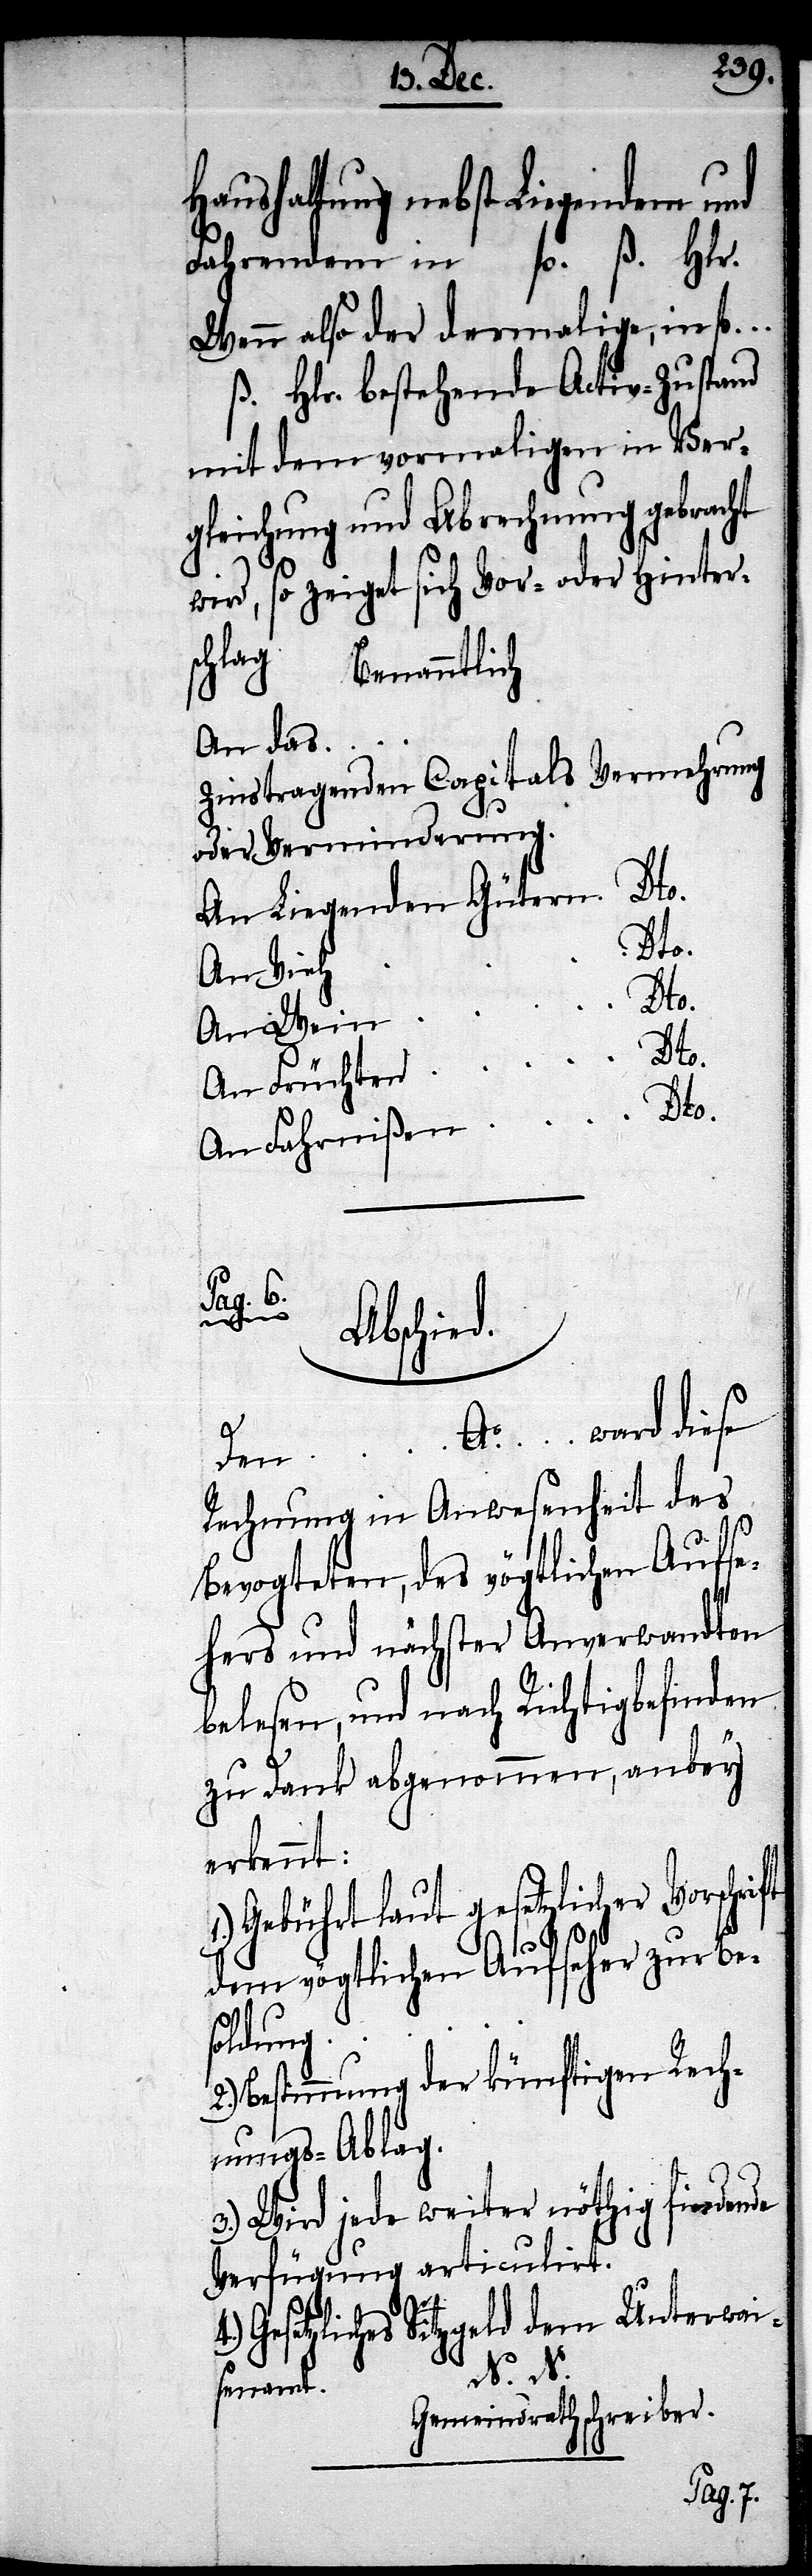
Haushaltung nebst Liegendem und
Fahrendem in 	fl. ß. Hlr.
Wenn also der dermalige, in fl….
ß. Hlr. bestehende Activ-Zustand
mit dem vormaligen in Ver¬
gleichung und Abrechnung gebracht
wird, so zeiget sich Vor- oder Hinters¬
chlag.
Benanntlich:
An das…
Vermehrung
Zinstragenden Capitals
________________
An Liegenden Gütern
Dto.
An Fahrnißen
Pag. 6.
Abschied.
4.)
Den… Ao. … ward diese
Rechnung in Anwesenheit des
Bevogteten, des vögtlichen Aufse¬
hers und nächster Anverwandten
belesen, und nach Richtigbefinden
zu Dank abgenommen, anbey
erkennt:
Gebührt laut gesetzlicher Vorschrift
dem vögtlichen Aufseher zu Be¬
soldung…
Bestimmung der künftigen Rech¬
nungs-Ablag.
3.) Wird jede weiter nöthig findende
Verfügung articulirt.
Gesetzliches Sitzgeld dem Unterwai¬
N. N.
senamt.
Gemeindrathschreiber.